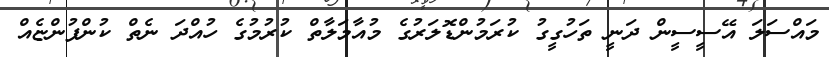
މައްސަލަ އޭސީސީން ދަނީ ތަހުގީގު ކުރަމުންޑޮލަރުގެ މުއާމަލާތް ކުރުމުގެ ހުއްދަ ނެތް ކުންފުންޏެއް